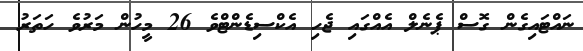
ނައްޓައިގެން ގޮސް ޕެނެލް އެއްގައި ޖެހި އެކްސިޑެންޓްވެ 26 މީހުން މަރުވެ ހަތަރު